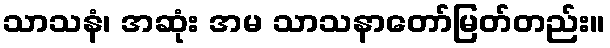
သာသနံ၊ အဆုံး အမ သာသနာတော်မြတ်တည်း။